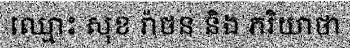
ឈ្មោះ សុខ រ៉ាថន និង ភរិយាថា